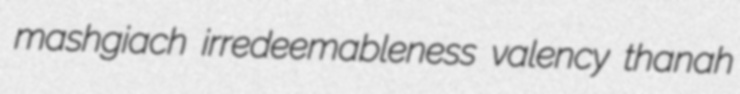
mashgiach irredeemableness valency thanah